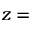
z =